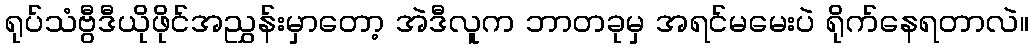
ရုပ်သံဗွီဒီယိုဖိုင်အညွှန်းမှာတော့ အဲဒီလူက ဘာတခုမှ အရင်မမေးပဲ ရိုက်နေရတာလဲ။